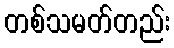
တစ်သမတ်တည်း